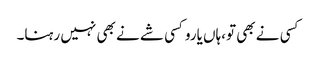
کسی نے بھی تو،ہاں یاروکسی شے نے بھی نہیں رہنا۔